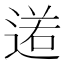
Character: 𨔏